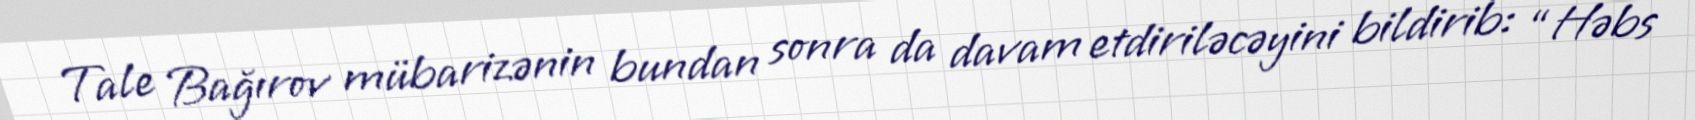
Tale Bağırov mübarizənin bundan sonra da davam etdiriləcəyini bildirib: “Həbs